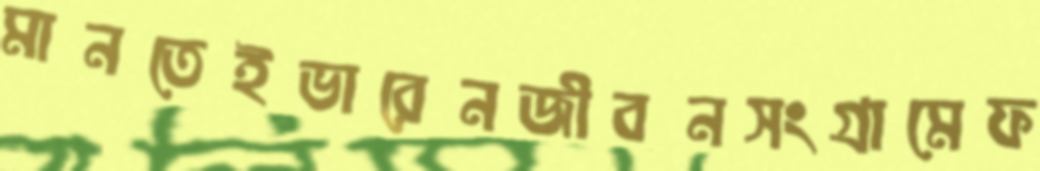
মানতেইভারেনজীবনসংগ্রামেফ